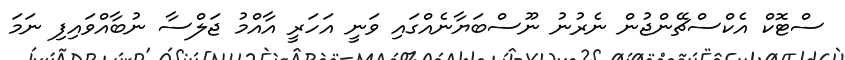
ސްޓޮކް އެކްސްޗޭންޖުން ނެރުނު ނޫސްބަޔާނެއްގައި ވަނީ އަހަރީ އާއްމު ޖަލްސާ ނުބާއްވައިފި ނަމަ